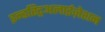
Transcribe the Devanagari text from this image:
इन्डस्ट्रिअलाईज़ेशन